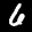
Label: 6